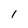
Character: 1